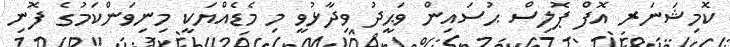
ކޮމިޝަނަރ އޮފް ޕޮލިސް ޙުސައިން ވަޙީދު ވިދާޅުވީ މި މެޑެއްޔަކީ މިނިވަންކަމުގެ ފޮނި